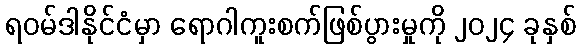
ရဝမ်ဒါနိုင်ငံမှာ ရောဂါကူးစက်ဖြစ်ပွားမှုကို ၂၀၂၄ ခုနှစ်